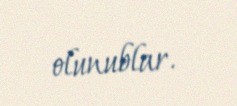
olunublar.